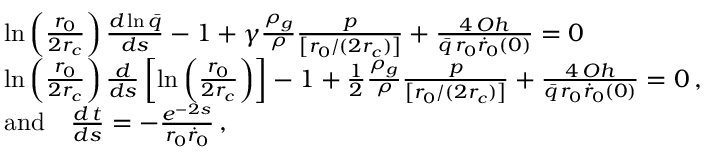
\begin{array} { r l } & { \ln \left( \frac { r _ { 0 } } { 2 r _ { c } } \right) \frac { d \ln \bar { q } } { d s } - 1 + \gamma \frac { \rho _ { g } } { \rho } \frac { p } { \left[ r _ { 0 } / ( 2 r _ { c } ) \right] } + \frac { 4 \, O h } { \bar { q } \, r _ { 0 } \dot { r } _ { 0 } ( 0 ) } = 0 \, } \\ & { \ln \left( \frac { r _ { 0 } } { 2 r _ { c } } \right) \frac { d } { d s } \left[ \ln \left( \frac { r _ { 0 } } { 2 r _ { c } } \right) \right] - 1 + \frac { 1 } { 2 } \frac { \rho _ { g } } { \rho } \frac { p } { \left[ r _ { 0 } / ( 2 r _ { c } ) \right] } + \frac { 4 \, O h } { \bar { q } \, r _ { 0 } \dot { r } _ { 0 } ( 0 ) } = 0 \, , } \\ & { \mathrm { a n d } \quad \frac { d \, t } { d s } = - \frac { e ^ { - 2 s } } { r _ { 0 } \dot { r } _ { 0 } } \, , } \end{array}